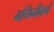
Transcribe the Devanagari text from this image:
भगिनीवर्ग